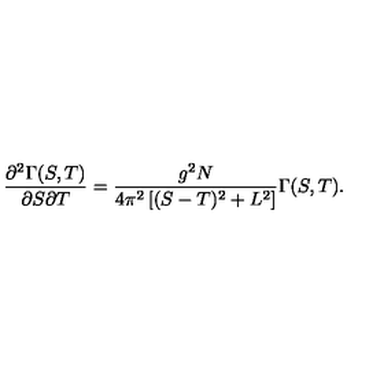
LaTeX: \frac { \partial ^ { 2 } \Gamma ( S , T ) } { \partial S \partial T } = \frac { g ^ { 2 } N } { 4 \pi ^ { 2 } \left[ ( S - T ) ^ { 2 } + L ^ { 2 } \right] } \Gamma ( S , T ) .